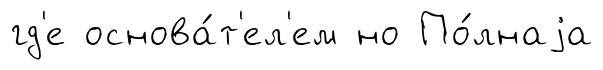
гд'е основа́т'ел'ем но По́лнаjа